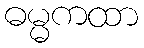
ဓမ္မကထာ